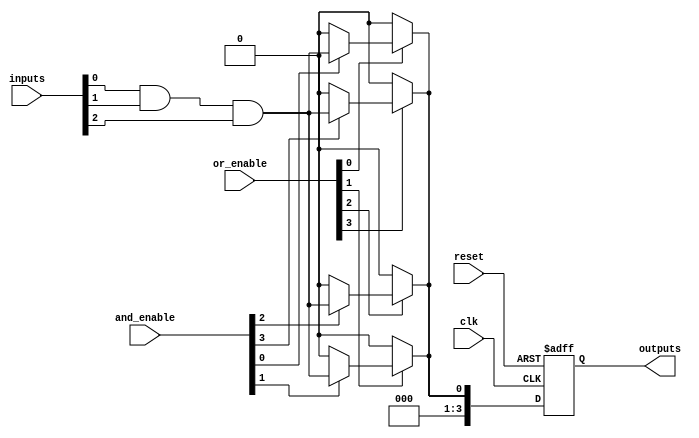
module RPAL #(
    parameter NUM_INPUTS = 8,         // Number of input lines
    parameter NUM_AND_TERMS = 16,      // Number of product terms in AND array
    parameter NUM_OUTPUTS = 4           // Number of outputs
)(
    input wire [NUM_INPUTS-1:0] inputs, // Input lines to the RPAL
    input wire [NUM_AND_TERMS-1:0] and_enable, // Control signals for AND array
    input wire [NUM_AND_TERMS-1:0] or_enable, // Control signals for OR array
    input wire clk,                      // Clock input
    input wire reset,                    // Reset signal
    output reg [NUM_OUTPUTS-1:0] outputs // Registered outputs
);

    // Internal signals for product terms
    wire [NUM_AND_TERMS-1:0] product_terms;
    
    // Programmable AND array
    generate
        genvar i;
        for (i = 0; i < NUM_AND_TERMS; i = i + 1) begin : and_array
            // Each AND gate generates a product term based on the enable signal
            assign product_terms[i] = and_enable[i] ? (inputs[0] & inputs[1] & inputs[2]) : 1'b0; // Example: AND of first 3 inputs
        end
    endgenerate

    // Internal signal for OR outputs
    wire or_output;
    
    // Programmable OR array
    generate
        genvar j;
        for (j = 0; j < NUM_OUTPUTS; j = j + 1) begin : or_array
            // Each OR gate combines product terms based on the enable signal
            assign or_output = or_enable[j] ? product_terms[j] : 1'b0; // Example: OR logic for product terms
        end
    endgenerate

    // Registered outputs - Store the result in flip-flops
    always @(posedge clk or posedge reset) begin
        if (reset) begin
            outputs <= 0;
        end else begin
            outputs <= or_output; // Capture the OR output
        end
    end

endmodule